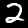
Label: 2